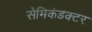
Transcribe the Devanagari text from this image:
सेमिकंडक्‍टर